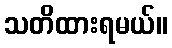
သတိထားရမယ်။